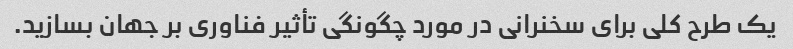
یک طرح کلی برای سخنرانی در مورد چگونگی تأثیر فناوری بر جهان بسازید.